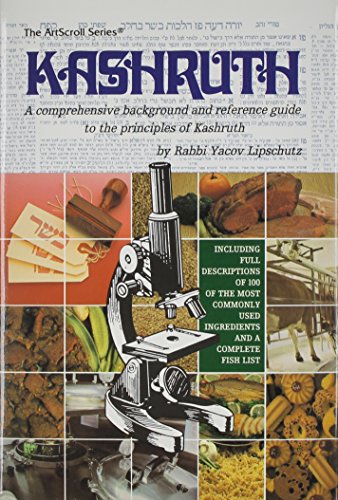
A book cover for Kashruth: A Comprehensive Background and Reference Guide to the Principles of Kashruth (Artscroll Series); Yacov Lipschutz; Religion & Spirituality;